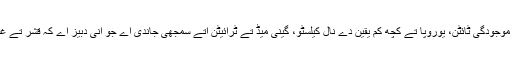
اک سیاروی مائع پانی دی پرت دی موجودگی ٹائٹن، یوروپا تے کچھ کم یقین دے نال کیلسٹو، گینی میڈ تے ٹرائیٹن اُتے سمجھی جاندی اے جو اِنّی دبیز اے کہ قشر تے غلاف توانائی دا تبادلہ نئيں کرسکدے۔